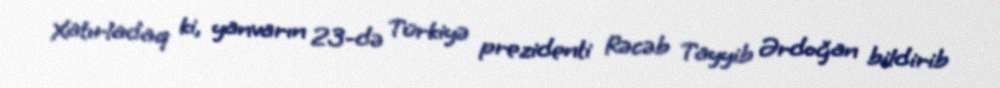
Xatırladaq ki, yanvarın 23-də Türkiyə prezidenti Rəcəb Tayyib Ərdoğan bildirib